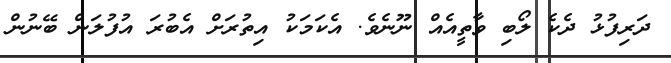
ދަރިފުޅު ދެކެ ލޯބި ވާތީއެއް ނޫނެވެ. އެކަމަކު އިތުރަށް އެބުރަ އުފުލަން ބޭނުން